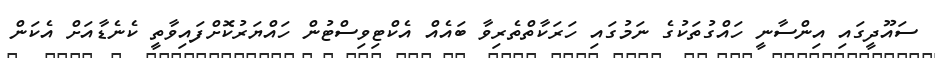
ސައޫދީގައި އިންސާނީ ހައްގުތަކުގެ ނަމުގައި ހަރަކާތްތެރިވާ ބައެއް އެކްޓިވިސްޓުން ހައްޔަރުކޮށްފައިވާތީ ކެނެޑާއަށް އެކަން